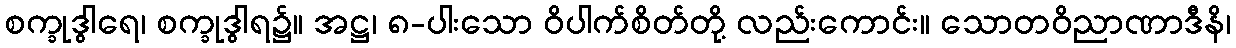
စက္ခုဒွါရေ၊ စက္ခုဒွါရ၌။ အဋ္ဌ၊ ၈-ပါးသော ဝိပါက်စိတ်တို့ လည်းကောင်း။ သောတဝိညာဏာဒီနိ၊